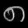
Digit: ၈